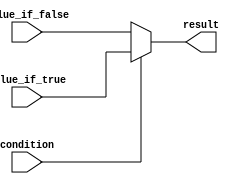
module if_else_ternary (
    input wire condition,
    input wire value_if_true,
    input wire value_if_false,
    output reg result
);

always @* begin
    result = condition ? value_if_true : value_if_false;
end

endmodule